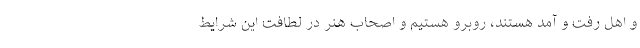
و اهل رفت و آمد هستند، روبرو هستیم و اصحاب هنر در لطافت این شرایط